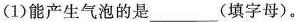
(1)能产生气泡的是___(填字母)。